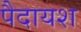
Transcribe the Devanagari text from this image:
पैदायश